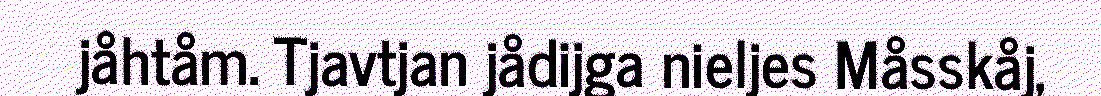
jåhtåm. Tjavtjan jådijga nieljes Måsskåj,